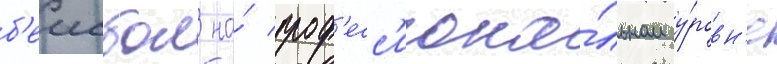
б'еисбол на́ проф'есс'иона́льном у́ровн'е